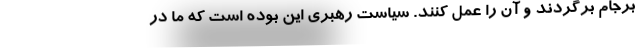
برجام برگردند و آن را عمل کنند. سیاست رهبری این بوده است که ما در